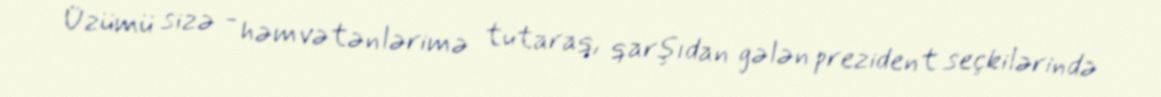
Üzümü sizə - həmvətənlərimə tutaraq, qarşıdan gələn prezident seçkilərində